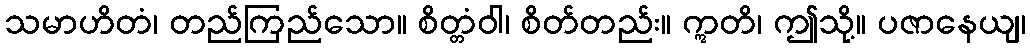
သမာဟိတံ၊ တည်ကြည်သော။ စိတ္တံဝါ၊ စိတ်တည်း။ ဣတိ၊ ဤသို့။ ပဇာနေယျ၊